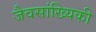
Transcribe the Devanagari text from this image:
जैवसांख्यिकी